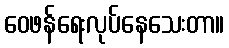
ဝေဖန်ရေးလုပ်နေသေးတာ။